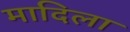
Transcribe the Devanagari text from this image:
मादिला